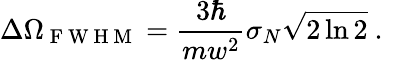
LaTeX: \Delta\Omega_{\mathrm{~F~W~H~M~}}=\frac{3\hbar}{mw^{2}}\sigma_{N}\sqrt{2\ln{2}}\mathrm{~.~}